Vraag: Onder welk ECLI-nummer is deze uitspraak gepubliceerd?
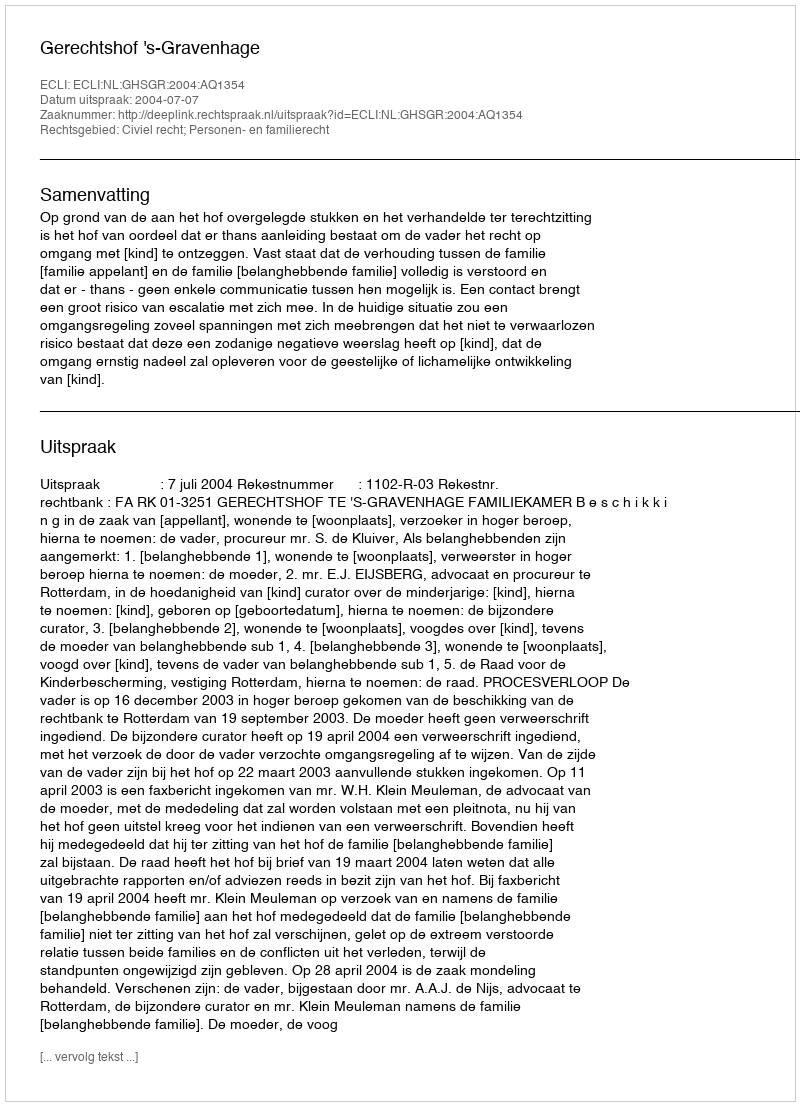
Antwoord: ECLI:NL:GHSGR:2004:AQ1354